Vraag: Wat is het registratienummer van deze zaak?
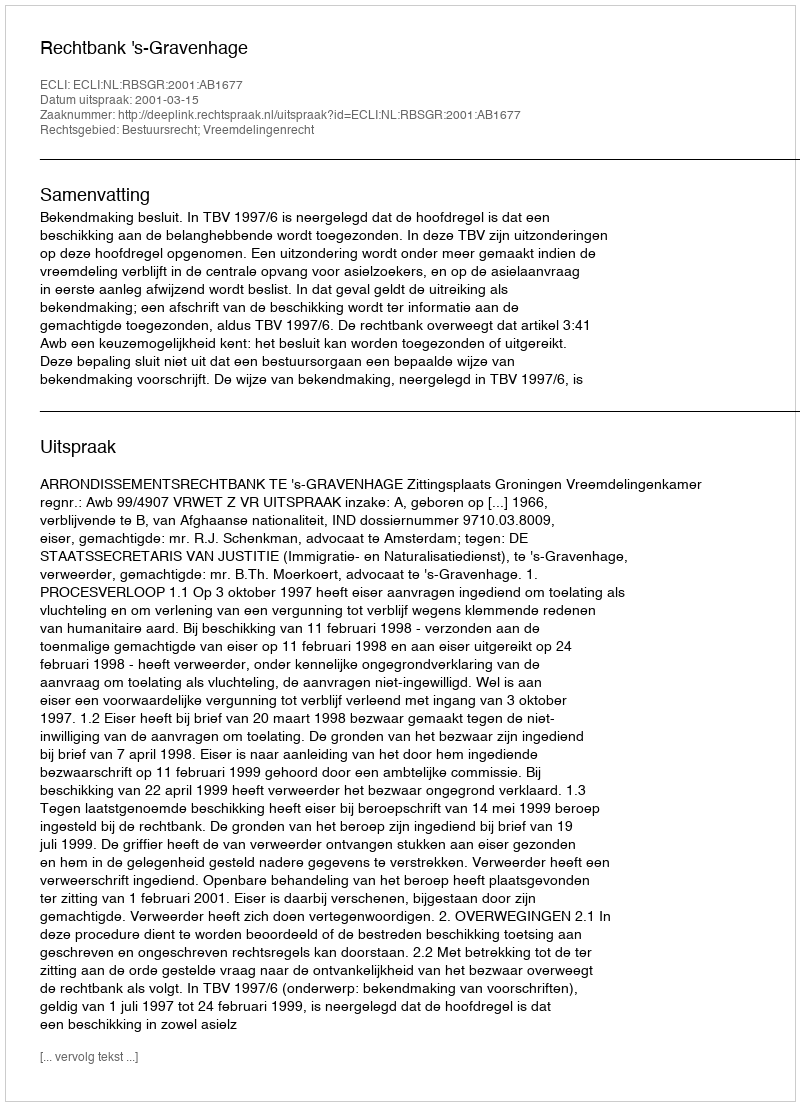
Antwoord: http://deeplink.rechtspraak.nl/uitspraak?id=ECLI:NL:RBSGR:2001:AB1677